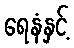
ရေနံနှင့်